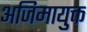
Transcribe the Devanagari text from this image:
अजिमायुक्त